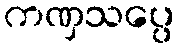
ကဏှသပ္ပေ